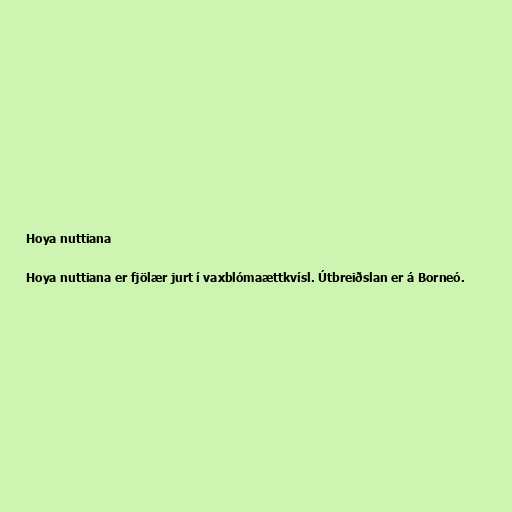
Hoya nuttiana

Hoya nuttiana er fjölær jurt í vaxblómaættkvísl. Útbreiðslan er á Borneó.